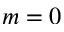
m = 0